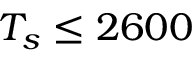
T _ { s } \leq 2 6 0 0